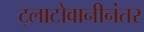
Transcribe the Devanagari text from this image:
ट्लाटोवानीनंतर